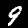
Digit: 9